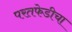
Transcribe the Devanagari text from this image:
परतफेडीचा